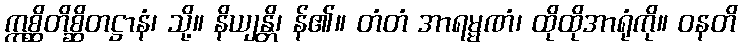
ဣစ္ဆိတိစ္ဆိတဋ္ဌာနံ၊ သို့။ နိယျန္တိ၊ န်၏။ တံတံ အာရမ္မဏံ၊ ထိုထိုအာရုံကို။ ဝနတိ